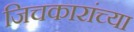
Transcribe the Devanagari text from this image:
जिचकारांच्या